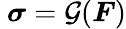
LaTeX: \ {\boldsymbol{\sigma}}={\mathcal{G}}({\boldsymbol{F}})